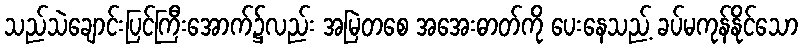
သည်သဲချောင်းပြင်ကြီးအောက်၌လည်း အမြဲတစေ အအေးဓာတ်ကို ပေးနေသည့် ခပ်မကုန်နိုင်သော